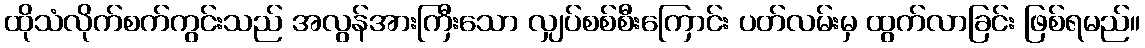
ထိုသံလိုက်စက်ကွင်းသည် အလွန်အားကြီးသော လျှပ်စစ်စီးကြောင်း ပတ်လမ်းမှ ထွက်လာခြင်း ဖြစ်ရမည်။